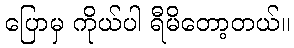
ပြောမှ ကိုယ်ပါ ရီမိတော့တယ်။